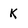
Character: k